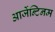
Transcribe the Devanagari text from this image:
आर्जेन्टिनम